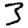
Digit: 3